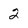
Character: 2